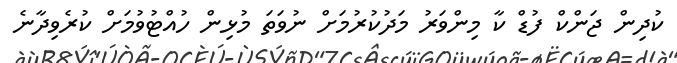
ކުދިން ޖަންކް ފުޑް ކާ މިންވަރު މަދުކުރުމަށް ނުވަތަ މުޅިން ހުއްޓުވުމަށް ކުރެވިދާނެ